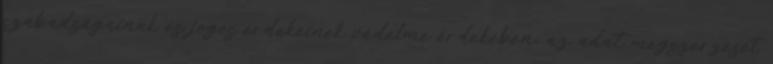
szabadságainak és jogos érdekeinek védelme érdekében; az adat megszerzését